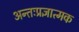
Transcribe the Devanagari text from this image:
अन्तःप्रज्ञात्मक